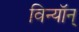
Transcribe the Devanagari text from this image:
विन्यॉन्